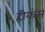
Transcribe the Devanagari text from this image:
हीकंस